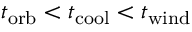
t _ { \mathrm { o r b } } < t _ { \mathrm { c o o l } } < t _ { \mathrm { w i n d } }